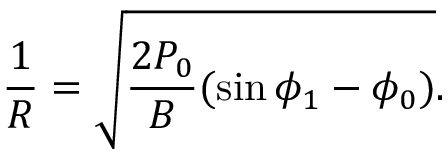
\frac { 1 } { R } = \sqrt { \frac { 2 P _ { 0 } } { B } ( \sin \phi _ { 1 } - \phi _ { 0 } ) } .